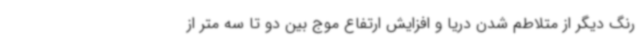
رنگ دیگر از متلاطم شدن دریا و افزایش ارتفاع موج بین دو تا سه متر از